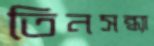
তিনসন্ধ্যা